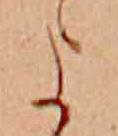
よ